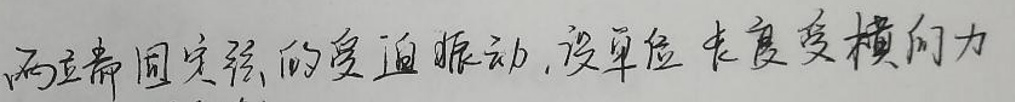
两端都固定弦的受迫振动, 设单位长度受横向力